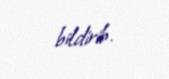
bildirib.